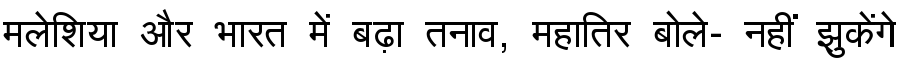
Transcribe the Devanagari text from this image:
मलेशिया और भारत में बढ़ा तनाव, महातिर बोले- नहीं झुकेंगे